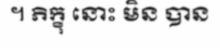
។ ភិក្ខុ នោះ មិន បាន